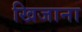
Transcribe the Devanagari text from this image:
खिजाना